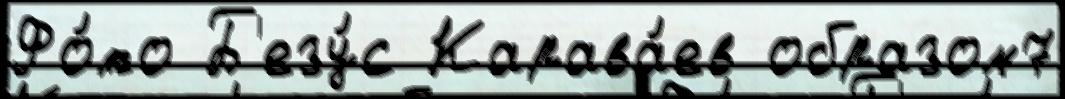
Фо́то Б'езу́с Карава́ев образом7